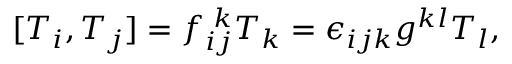
[ T _ { i } , T _ { j } ] = f _ { i j } ^ { \, \, k } T _ { k } = \epsilon _ { i j k } g ^ { k l } T _ { l } ,